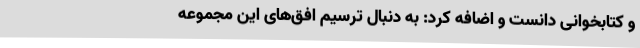
و کتابخوانی دانست و اضافه کرد: به دنبال ترسیم افق‌های این مجموعه